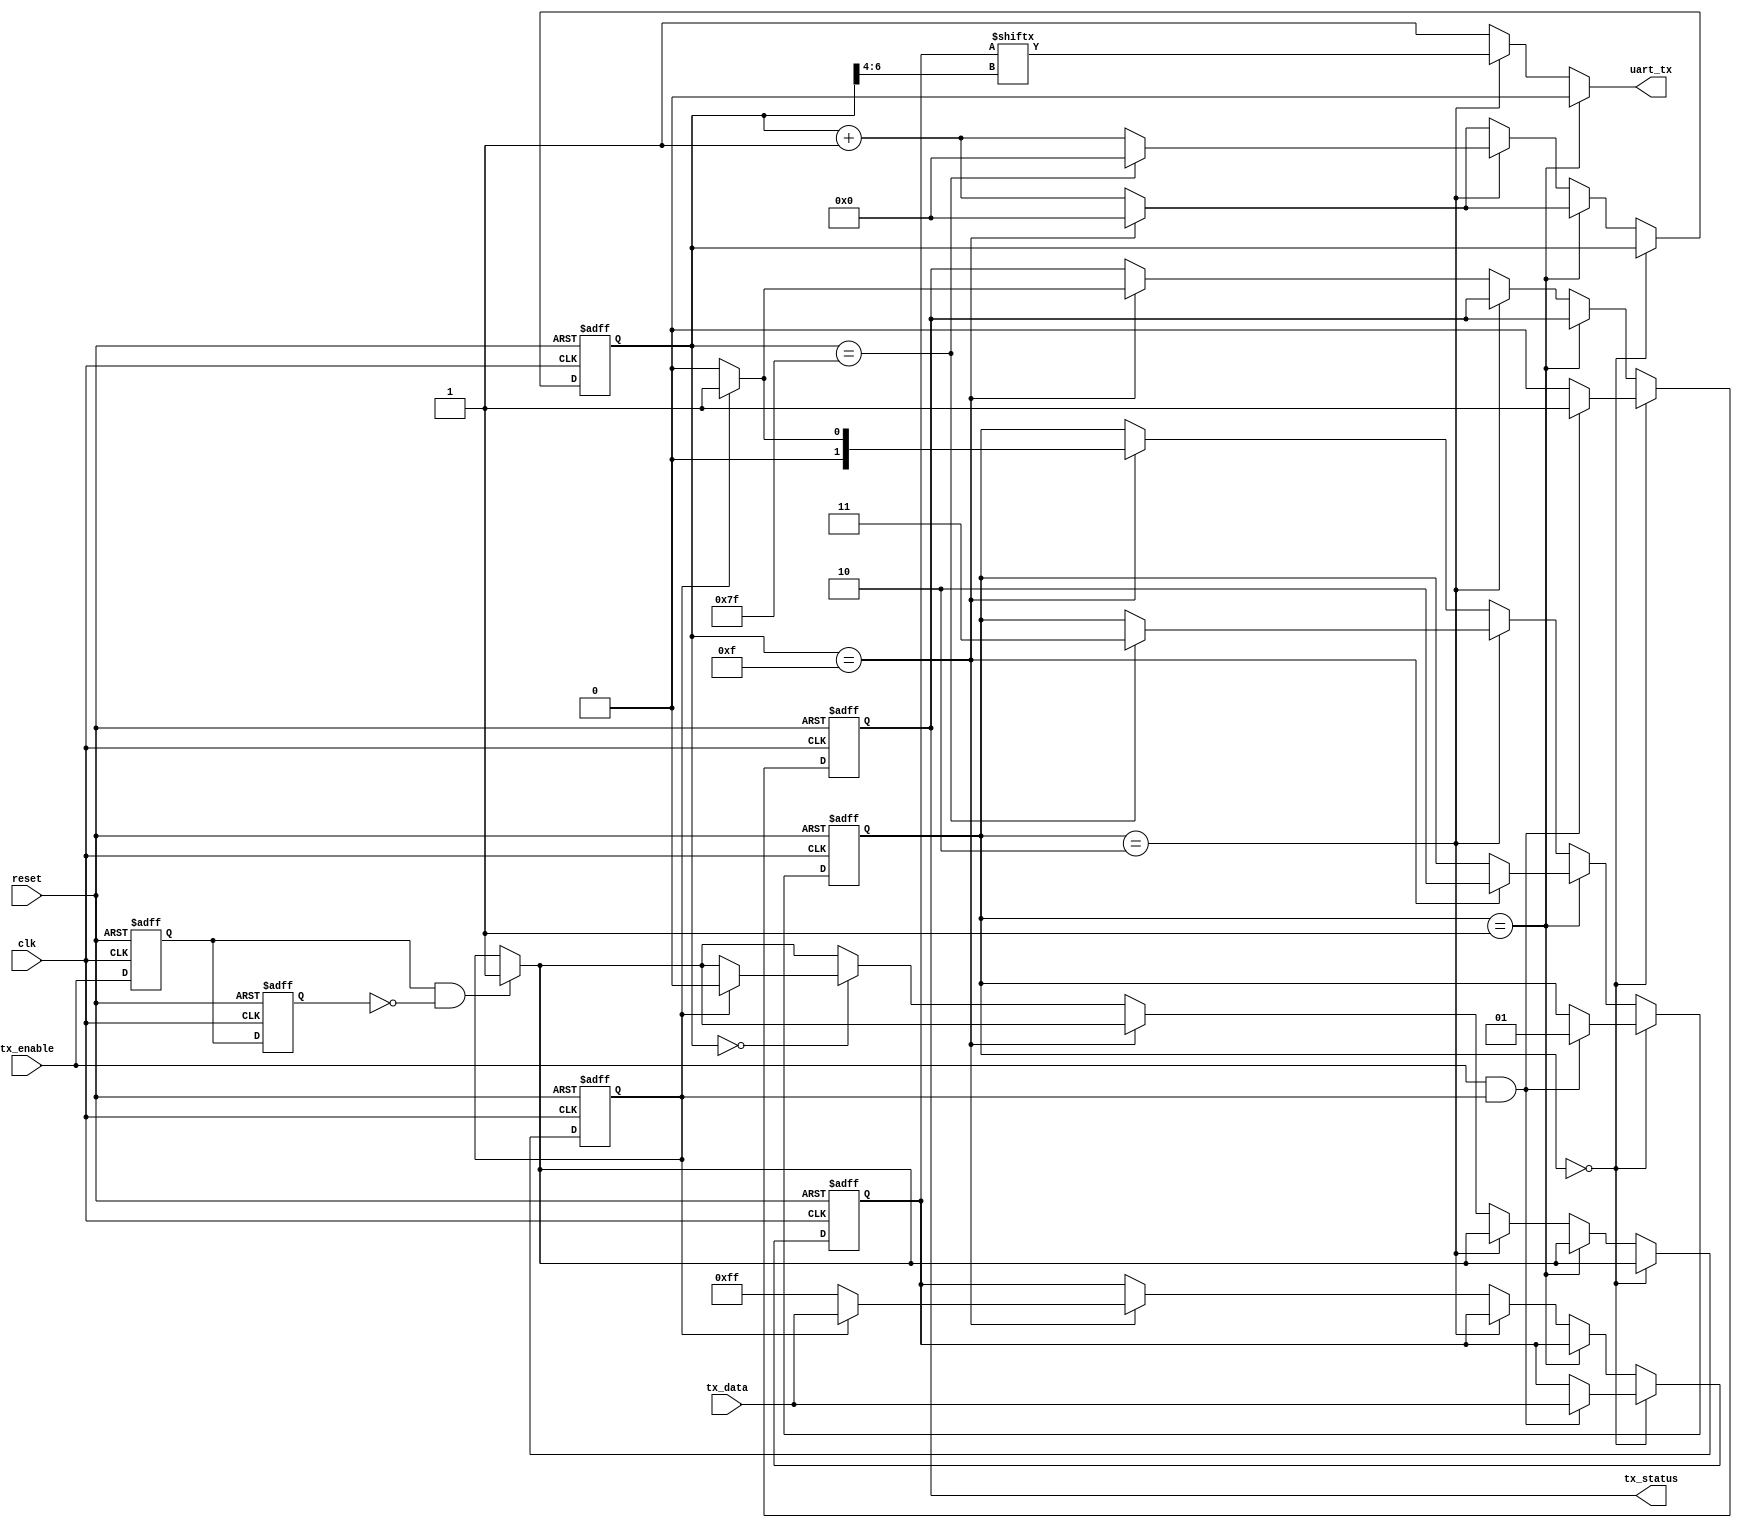
module sender(tx_data,tx_enable,clk,reset,uart_tx,tx_status);
input [7:0] tx_data;
input tx_enable;
input clk;
input reset;
output uart_tx;//output signal
output tx_status;//availble status

reg last_enable;
reg cur_enable;
reg remain;
reg [7:0] tx_buffer;
reg [6:0] baud_count;//8*16=2^7,[6:4] represent which number to output
reg out_status;
reg [1:0] status;
//assign uart_tx = tx;
assign uart_tx = 
  //(status == 2'b00)?1'b1:
  (status == 2'b01)?1'b0:
  (status == 2'b10)?tx_buffer[baud_count[6:4]]:1'b1;
assign tx_status = out_status;
initial begin
  status<=2'b00;
  baud_count<=7'd0;
  //lock<=1'b0;
  remain<=1'b0;
  cur_enable<=1'b0;
  last_enable<=1'b0;
end
always @(posedge clk or posedge reset) begin
  if(reset == 1'b1) begin
    status<=2'b00;
    baud_count<=7'd0;
    remain<=1'b0;
    cur_enable<=1'b0;
    last_enable<=1'b0;
    out_status <= 1'b0;
    tx_buffer <= 8'b0;
  end
  else begin
    cur_enable<=tx_enable;
    last_enable<=cur_enable;
    if(cur_enable == 1'b1 && last_enable == 1'b0) begin
      if(remain == 1'b0) remain<=1'b1;
    end
    if(status == 2'b00) begin
      if(tx_enable == 1'b1 && remain == 1'b1) begin
      //if(cur_enable == 1'b1 && last_enable == 1'b0) begin
        status<=2'b01;
        out_status<=1'b1;//unavailable
        tx_buffer<=tx_data;
      end 
      else begin
        out_status<=1'b0;//free
      end 
    end
    else if(status == 2'b01) begin
      if(baud_count == 7'd15) begin
        status<=2'b10;
        baud_count<=7'd0;
      end
      else begin
        baud_count<=baud_count+7'd1;
      end
    end
    else if(status == 2'b10) begin
      if(baud_count == 7'b1111111) begin
        status<=2'b11;
        baud_count<=7'd0;
      end
      else begin
        baud_count<=baud_count+7'd1;
      end
    end
    else begin
      if(baud_count == 7'd15) begin
        if(remain == 1'b0) begin
          status<=2'b00;
          out_status<=1'b0;
          //lock<=1'b0;
          tx_buffer<=8'b11111111;
          baud_count<=7'd0;
        end
        else begin
          status<=2'b01;
          out_status<=1'b1;
          tx_buffer<=tx_data;
          baud_count<=7'd0;
        end
      end
      else if(baud_count == 7'd0) begin
        baud_count<=baud_count+7'd1;
        if(remain == 1'b1) remain<=1'b0;
      end
      else begin
        baud_count<=baud_count+7'd1;
      end
    end
  end
end

endmodule